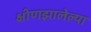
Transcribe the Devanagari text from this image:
क्षीणझालेल्या